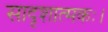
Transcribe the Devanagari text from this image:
सादृशात्मकः।